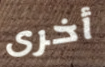
أخرى